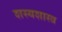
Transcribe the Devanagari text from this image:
शस्यशास्त्र